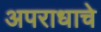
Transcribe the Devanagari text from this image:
अपराधाचे